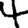
Digit: 4